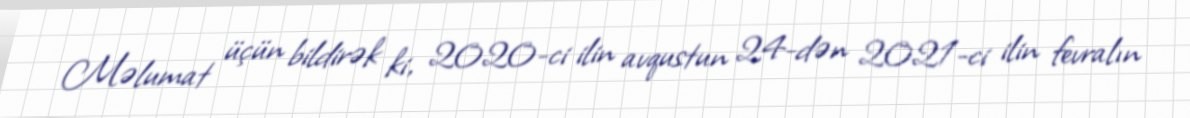
Məlumat üçün bildirək ki, 2020-ci ilin avqustun 24-dən 2021-ci ilin fevralın